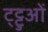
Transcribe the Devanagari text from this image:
ट्ट्टुओं